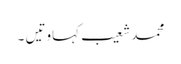
محمد شعیب	کہاوتیں ۔